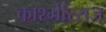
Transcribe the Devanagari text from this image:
काश्मीरराज